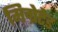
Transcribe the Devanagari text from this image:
मिग्रेटेड